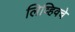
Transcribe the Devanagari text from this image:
लिव्हिवचे